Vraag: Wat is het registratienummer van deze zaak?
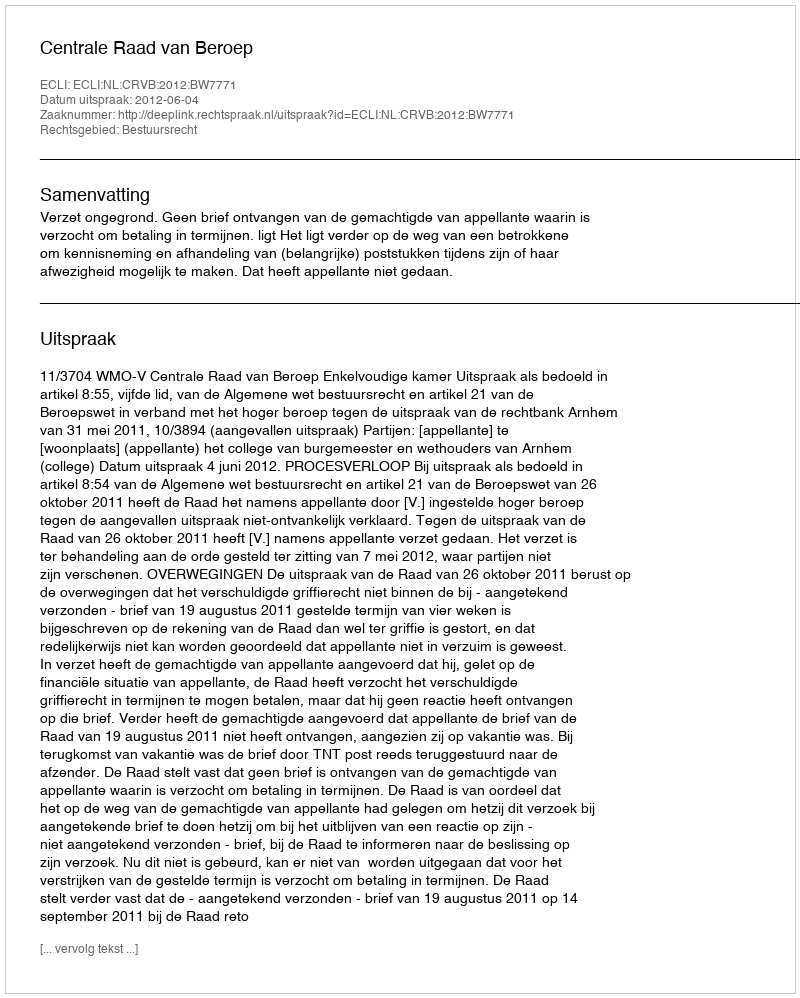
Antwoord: http://deeplink.rechtspraak.nl/uitspraak?id=ECLI:NL:CRVB:2012:BW7771